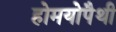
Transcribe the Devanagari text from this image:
होमयोपैथी